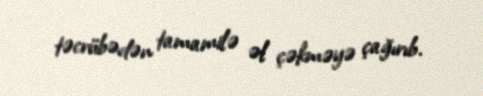
təcrübədən tamamilə əl çəkməyə çağırıb.